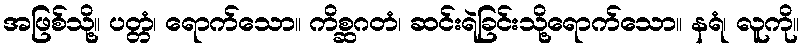
အဖြစ်သို့။ ပတ္တံ၊ ရောက်သော။ ကိစ္ဆဂတံ၊ ဆင်းရဲခြင်းသို့ရောက်သော။ နရံ၊ လူကို။